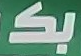
بكـ